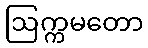
ဩက္ကမတော